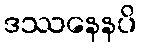
ဒဿနေနပိ